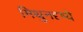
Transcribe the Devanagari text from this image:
मिथुनदृष्ये